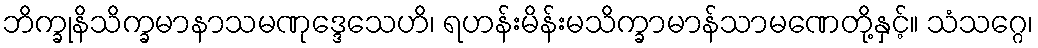
ဘိက္ခုနိသိက္ခမာနာသမဏုဒ္ဒေသေဟိ၊ ရဟန်းမိန်းမသိက္ခာမာန်သာမဏေတို့နှင့်။ သံသဂ္ဂေ၊